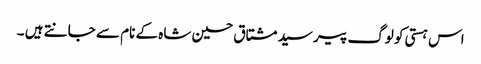
اس ہستی کو لوگ پیر سید مشتاق حسین شاہ کے نام سے جانتے ہیں ۔